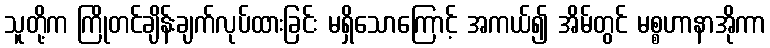
သူတို့က ကြိုတင်ချိန်းချက်လုပ်ထားခြင်း မရှိသောကြောင့် အကယ်၍ အိမ်တွင် မစ္စဟာနာအိုကာ